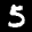
Label: 5